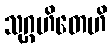
သုဂ္ဂဟိတေဟိ